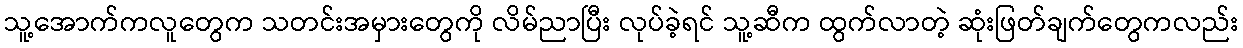
သူ့အောက်ကလူတွေက သတင်းအမှားတွေကို လိမ်ညာပြီး လုပ်ခဲ့ရင် သူ့ဆီက ထွက်လာတဲ့ ဆုံးဖြတ်ချက်တွေကလည်း